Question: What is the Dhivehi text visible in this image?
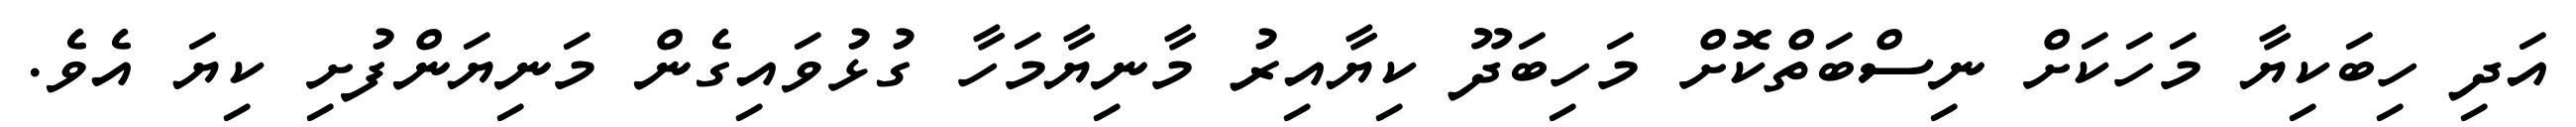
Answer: އަދި ހިބަކިޔާ މަހަކަށް ނިސްބަތްކޮށް މަހިބަދޫ ކިޔާއިރު މާނިޔާމަހާ ގުޅުވައިގެން މަނިޔަންފުށި ކިޔަ އެވެ.